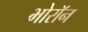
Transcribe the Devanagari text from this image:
भोरॉन